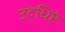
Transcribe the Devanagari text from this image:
उद्धिष्टे